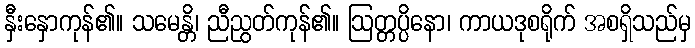
နှီးနှောကုန်၏။ သမေန္တိ၊ ညီညွတ်ကုန်၏။ ဩတ္တပ္ပိနော၊ ကာယဒုစရိုက် အစရှိသည်မှ